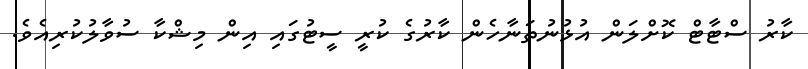
ކާރު ސްޓާޓް ކޮށްލަން އުޅުނުތަނާހެން ކާރުގެ ކުރީ ސީޓުގައި އިން މިޝްކާ ސުވާލުކުރިއެވެ.